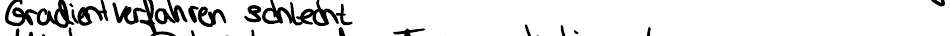
Gradientverfahren schlecht